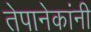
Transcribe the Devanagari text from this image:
तेपानेकांनी